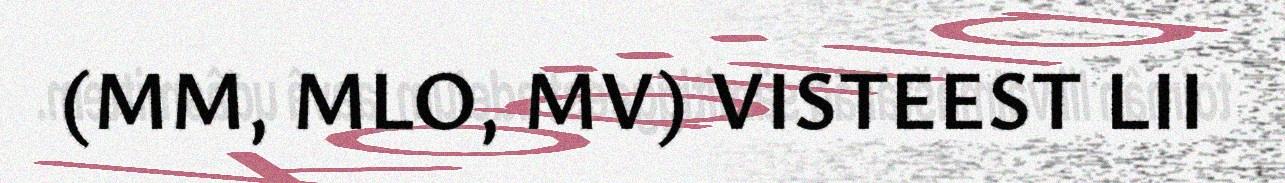
(MM, MLO, MV) VISTEEST LII